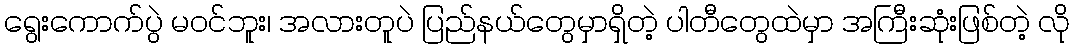
ရွေးကောက်ပွဲ မဝင်ဘူး၊ အလားတူပဲ ပြည်နယ်တွေမှာရှိတဲ့ ပါတီတွေထဲမှာ အကြီးဆုံးဖြစ်တဲ့ လို